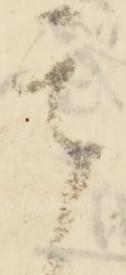
其